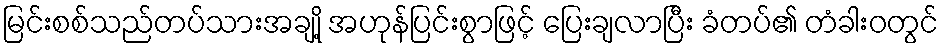
မြင်းစစ်သည်တပ်သားအချို့ အဟုန်ပြင်းစွာဖြင့် ပြေးချလာပြီး ခံတပ်၏ တံခါးဝတွင်